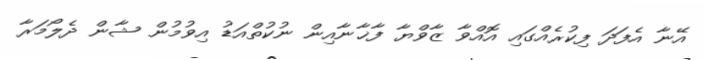
އޭނާ އެފަދަ ފިކުރެއްގައި އޮއްވާ ޒާވްޔާ ފާޚާނާއިން ނުކުތްއަޑު އިވުމުން ޝާން ދެލޯމަރާ